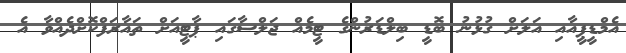
އެމްޑީޕީއާއި އަލަށް ގުޅުނު ބޮޑީ ބިލްޑަރުންގެ ޓީމެއް ޖަލްސާގައި ޕާޓީއަށް ތައާރަފްކޮށްދެއްވާ އެ